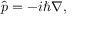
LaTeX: { \hat { p } } = - i \hbar \nabla ,